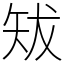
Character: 𥎱